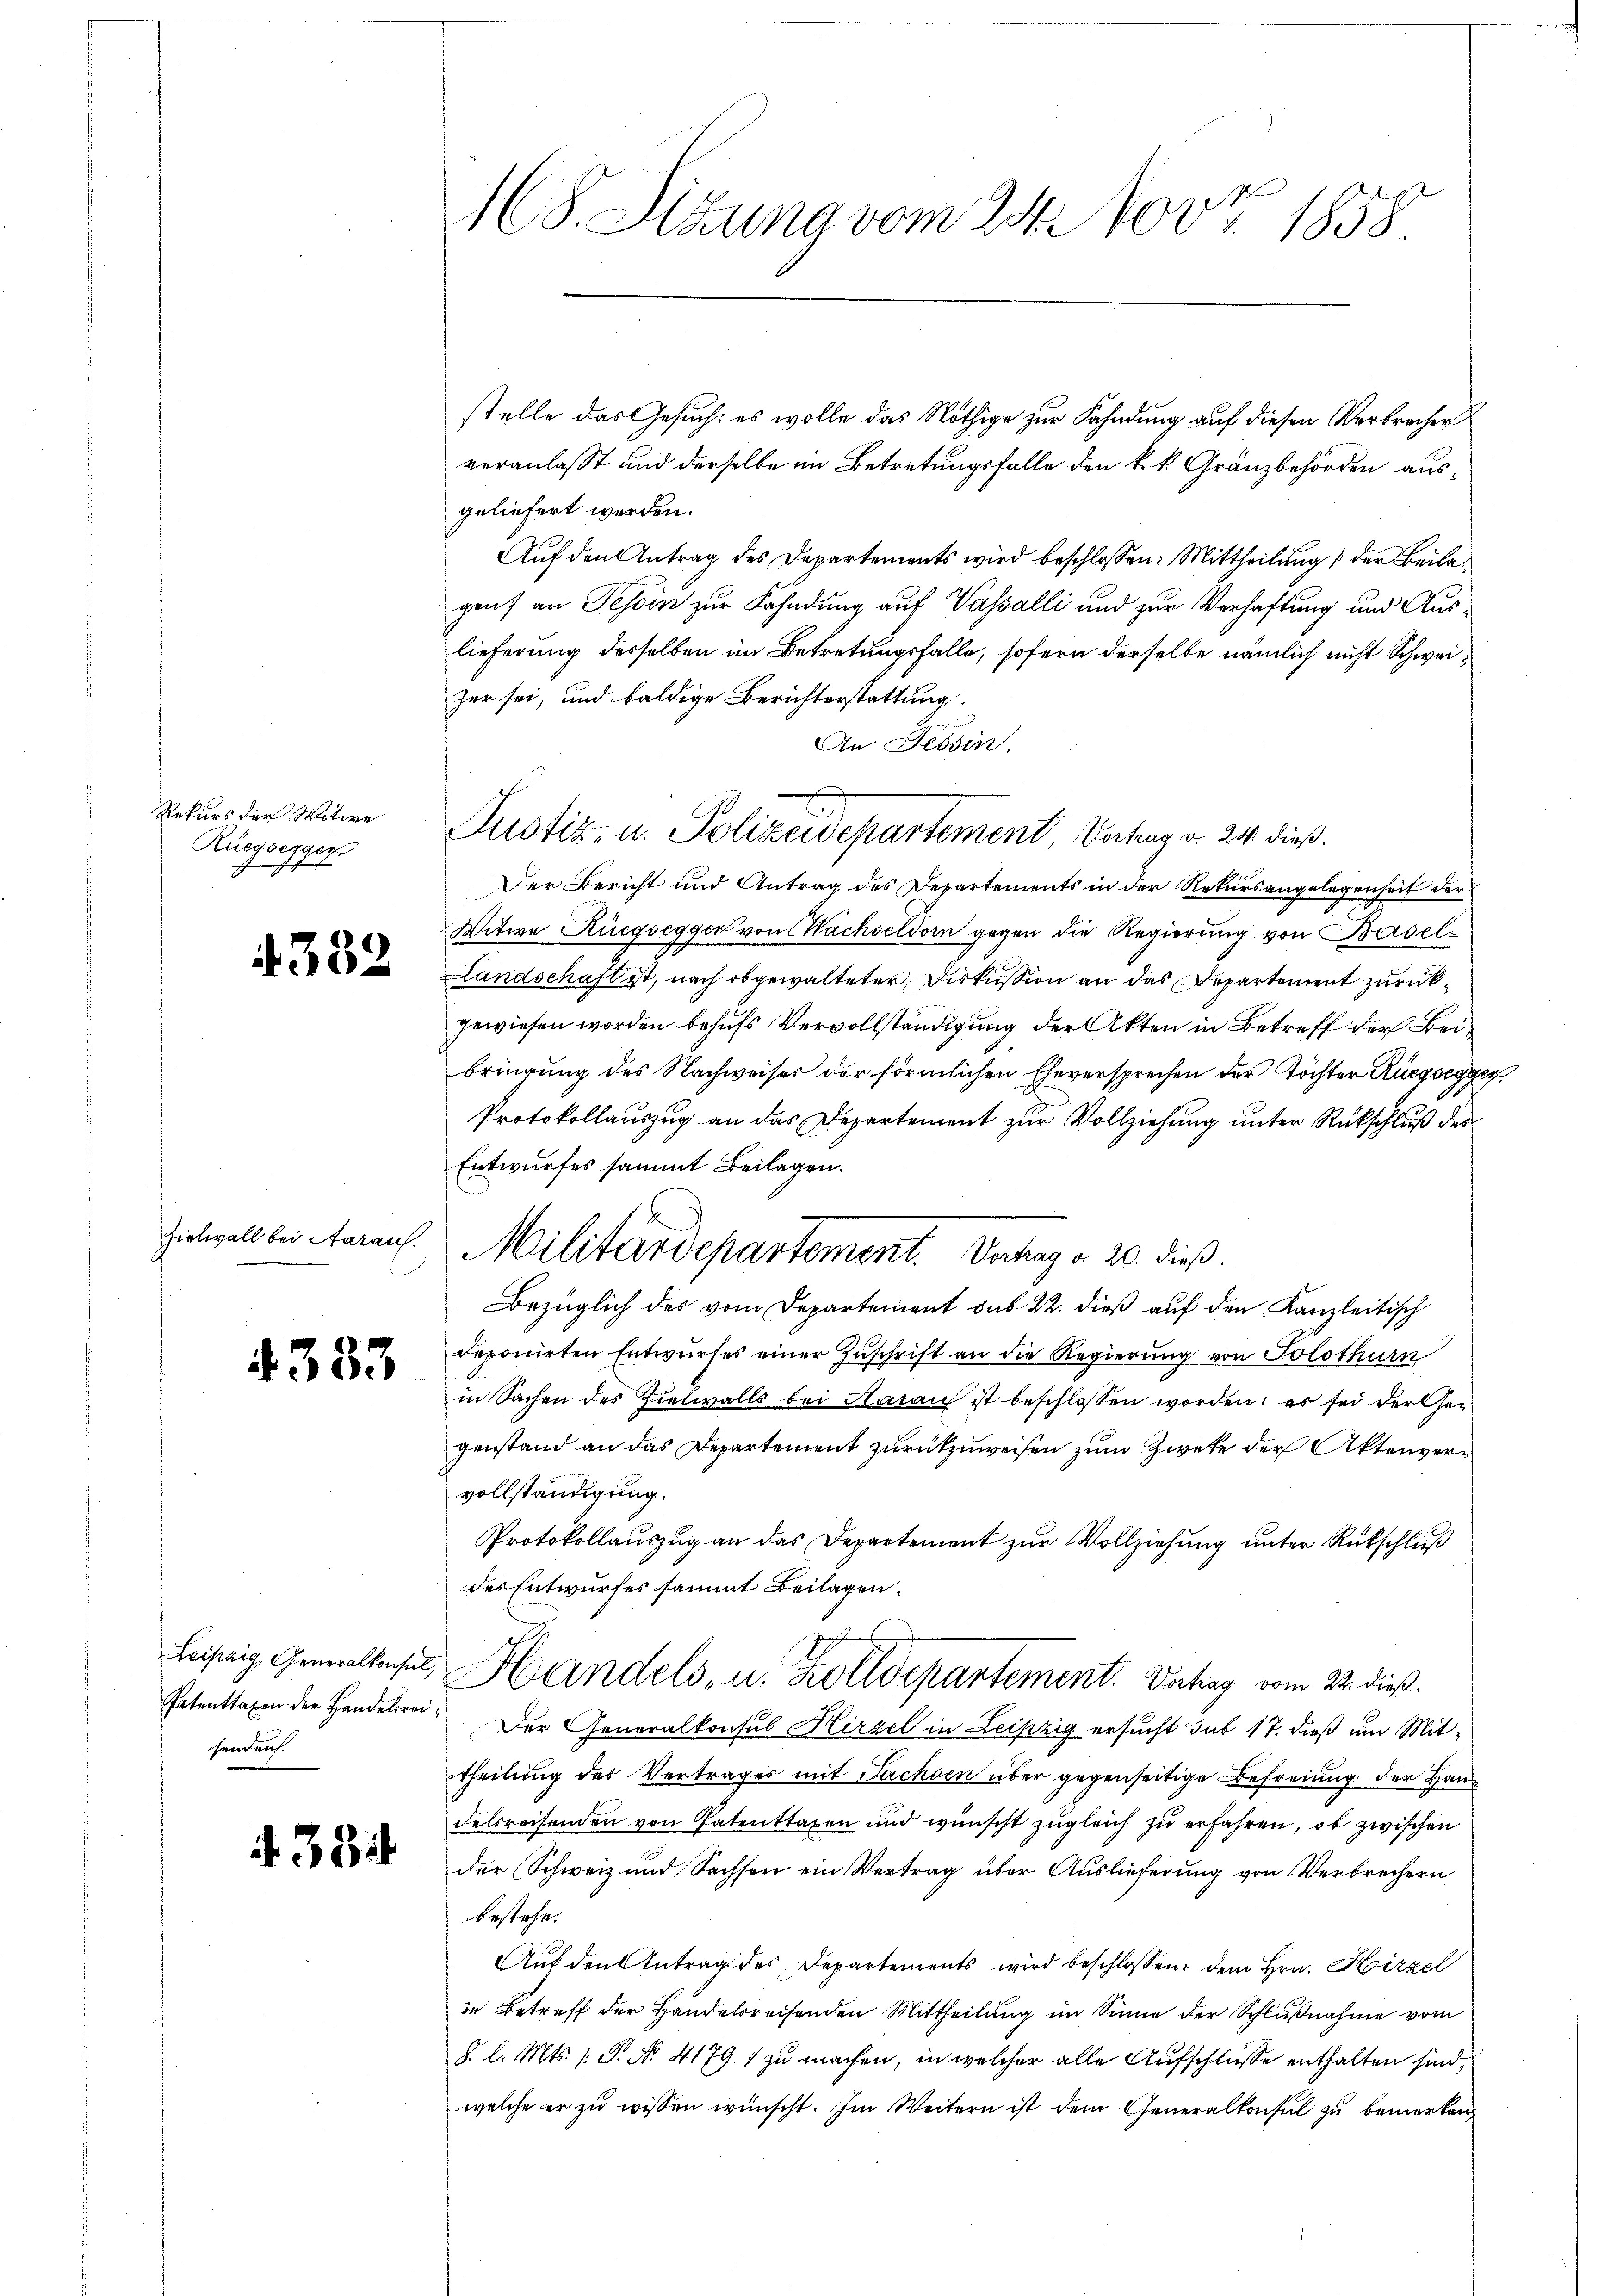
Rekurs der Witwe
Ruegsegger

332

hielwall bei Aaraus.

4333

henden

. 384

168. Sizung vom 24. 100fr. 1858

stelle das Gesuch: es wolle das Nöthige zur Fahndung auf diesen Verbrechen
veranlasst und derselbe im Betretungsfalle den k. k. Gränzbehörden ausgeliefert werden.
Auf den Antrag des Departements wird beschlossen: Mittheilung der Beilagens an Tessin zur Fahndung auf Vasalli und zur Verhaftung und Auslieferung desselben im Betretungsfalle, sofern derselbe nämlich nicht Schweizer sei, und baldige Berichterstattung.
An Tessin.
Der Bericht und Antrag des Departements in der Rekursangelegenheit der
Witwe Rüegsegger von Nachseldorn gegen die Regierung von Basel¬
Landschaft ist, nach obgewalteter Diskussion an das Departement zurückgewiesen worden behufs Vervollständigung der Akten in Betreff der Beibringung des Nachweiser der förmlichen Eheversprechen der Töchter Rüegsegg
Protokollauszug an das Departement zur Vollziehung unter Rückschluß des
Entwurfes sammt Beilagen.
Bezüglich des vom Departement sub 22. dieß auf den Kanzleitisch
deponirten Entwurfes einer Zuschrift an die Regierung von Solothurn
in Sachen des Zielwalls bei Aarau ist beschlossen worden; es sei der Gegenstand an das Departement zurückzuweisen zum Zweke der Aktenvervollständigung.
Protokollauszug an das Departement zur Vollziehung unter Rückschluß
des Entwurfes sammt Beilagen.
Leistig Gewaltensel, Handels, u. Zolldepartement. Vahag vom 22. dieß.
Patenttaxen der Handelsrei. Der Generalkonsul Hirzel in Leipzig ersucht sub 17. dieß um Mittheilung der Vertrages mit Sachsen über gegenseitige Befreiung der Hand
delsreisenden von Patenttaxen und wünscht zugleich zu erfahren, ob zwischen
der Schweiz und Sachson ein Vertrag über Auslieferung von Verbrechern
bestehe.
Auf den Antrag des Departements wird beschlossen: dem Hrn. Hirzel
in Betreff der Handelsreisenden Mittheilung im Sinne der Schlußnahme vom
§. l. Mts. s. S. No. 41791 zu machen, in welcher alle Aufschlüsse enthalten sind,
welche er zu wissen wünscht. Im Weitern ist dem Generalkonsul zu bemerken

Justiz- u. Polizeidepartement, Vortrag v. 24 dieß¬

Militärdepartement. Vertrag v. 20. dieß.